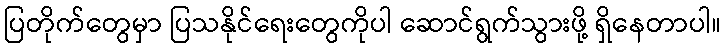
ပြတိုက်တွေမှာ ပြသနိုင်ရေးတွေကိုပါ ဆောင်ရွက်သွားဖို့ ရှိနေတာပါ။